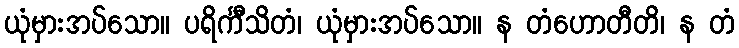
ယုံမှားအပ်သော။ ပရိင်္ကီသိတံ၊ ယုံမှားအပ်သော။ န တံဟောတီတိ၊ န တံ